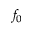
f _ { 0 }